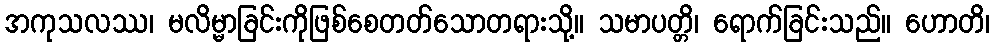
အကုသလဿ၊ မလိမ္မာခြင်းကိုဖြစ်စေတတ်သောတရားသို့။ သမာပတ္တိ၊ ရောက်ခြင်းသည်။ ဟောတိ၊